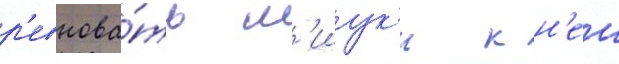
р'евнова́ть м'иук'и к н'еи